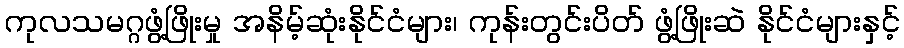
ကုလသမဂ္ဂဖွံ့ဖြိုးမှု အနိမ့်ဆုံးနိုင်ငံများ၊ ကုန်းတွင်းပိတ် ဖွံ့ဖြိုးဆဲ နိုင်ငံများနှင့်